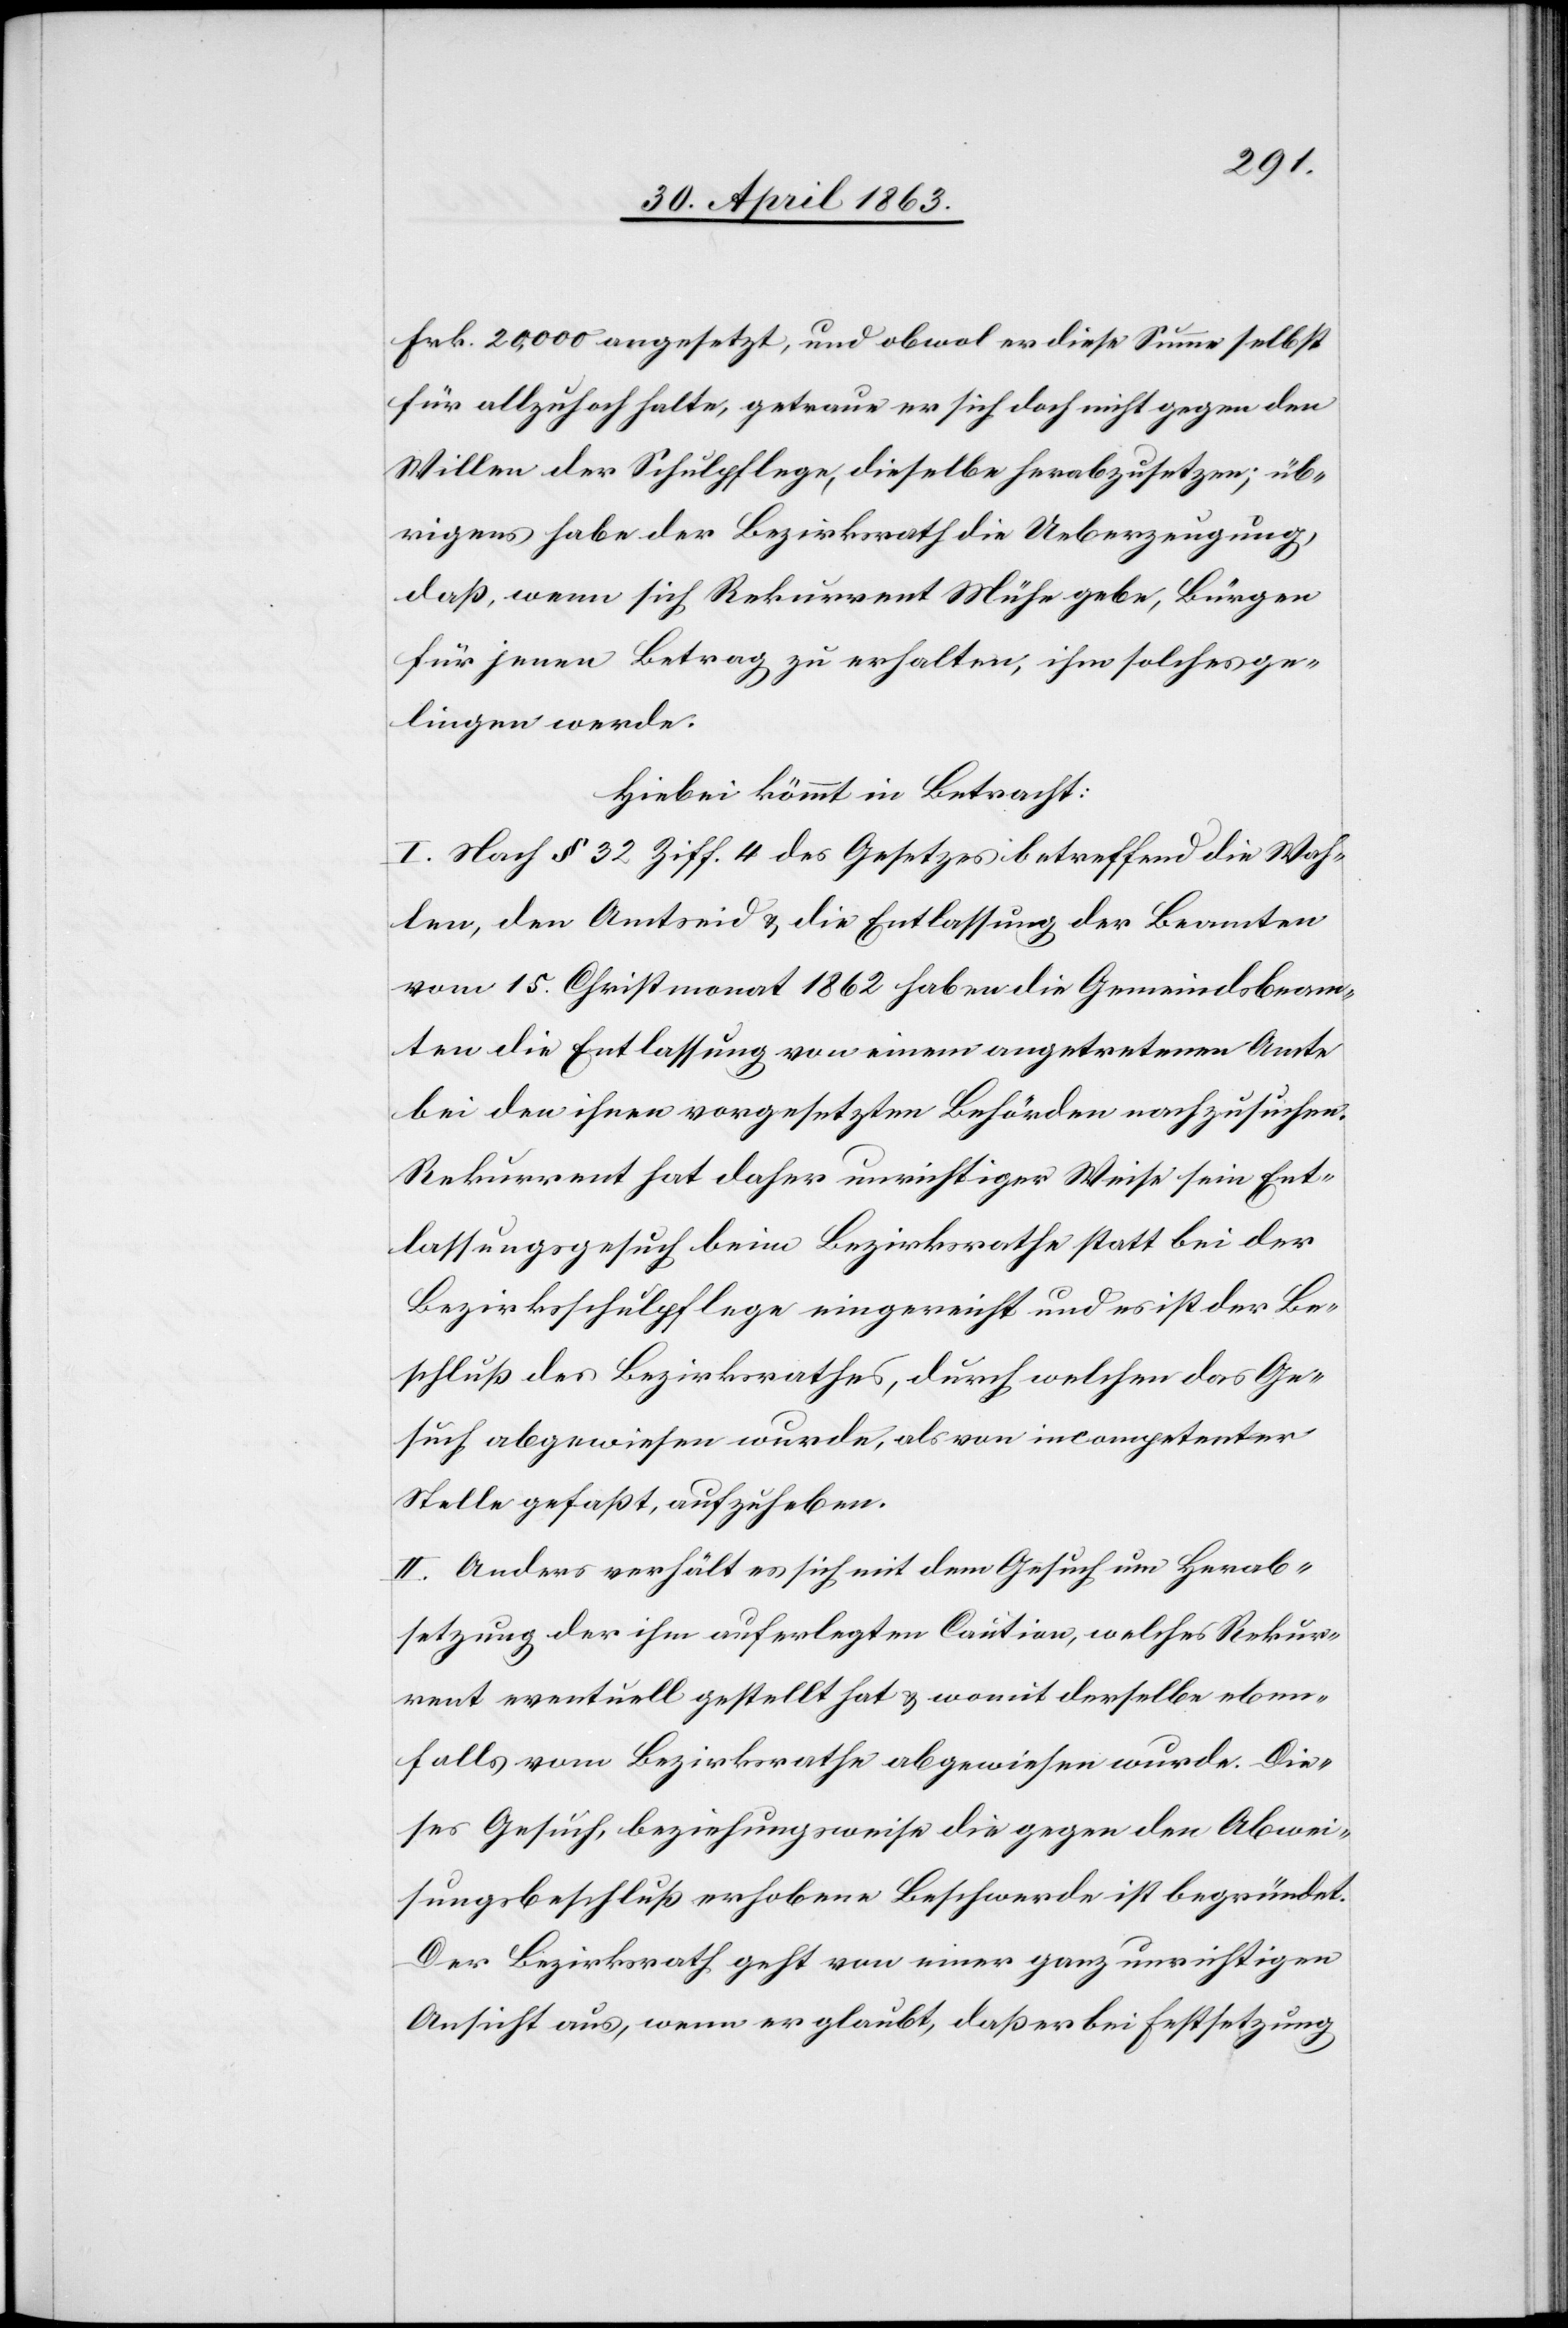
Frk. 20,000 angesetzt, und obwol er diese Summe selbst
für allzuhoch halte, getraue er sich doch nicht gegen den
Willen der Schulpflege, dieselbe herabzusetzen; üb¬
rigens habe der Bezirksrath die Ueberzeugung,
daß, wenn sich Rekurrent Mühe gebe, Bürgen
für jenen Betrag zu erhalten, ihm solches ge¬
lingen werde.
Hiebei kommt in Betracht:
I. Nach § 32 Ziff. 4 des Gesetzes betreffend die Wah¬
len, den Amtseid & die Entlassung der Beamten
vom 15. Christmonat 1862 haben die Gemeindsbeam¬
ten die Entlassung von einem angetretenen Amte
bei den ihnen vorgesetzten Behörden nachzusuchen.
Rekurrent hat daher unrichtiger Weise sein Ent¬
lassungsgesuch beim Bezirksrathe statt bei der
Bezirksschulpflege eingereicht und es ist der Be¬
schluß des Bezirksrathes, durch welchen das Ge¬
such abgewiesen wurde, als von incompetenter
Stelle gefaßt, aufzuheben.
II. Anders verhält es sich mit dem Gesuch um Herab¬
setzung der ihm auferlegten Caution, welches Rekur¬
rent eventuell gestellt hat & womit derselbe eben¬
falls vom Bezirksrathe abgewiesen wurde. Die¬
ses Gesuch, beziehungsweise die gegen den Abwei¬
sungsbeschluß erhobene Beschwerde ist begründet.
Der Bezirksrath geht von einer ganz unrichtigen
Ansicht aus, wenn er glaubt, daß er bei Festsetzung